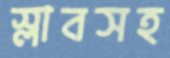
স্লাবসহ